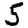
Digit: 5